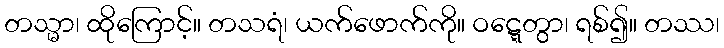
တသ္မာ၊ ထိုကြောင့်။ တသရံ၊ ယက်ဖောက်ကို။ ဝဋ္ဋေတွာ၊ ရစ်၍။ တဿ၊